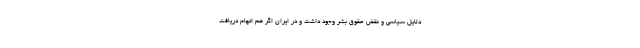
دلایل سیاسی و نقض حقوق بشر وجود داشت و در ایران اگر هم اتهام دریافت